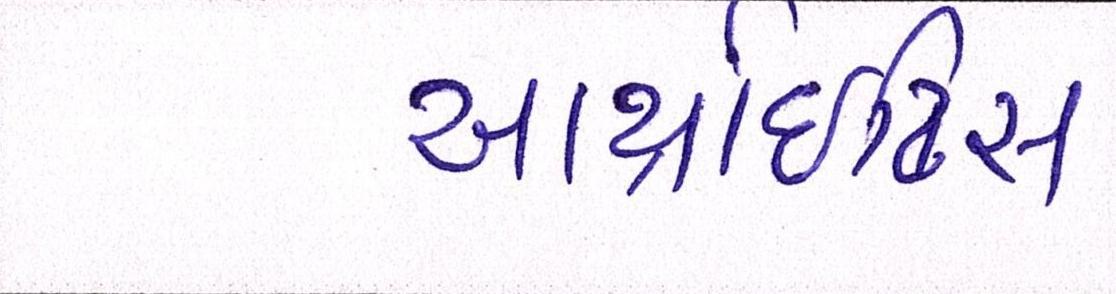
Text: આર્થ્રાઈટિસ